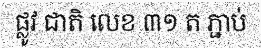
ផ្លូវ ជាតិ លេខ ៣១ ត ភ្ជាប់